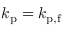
k _ { \mathrm { p } } = k _ { \mathrm { p , f } }